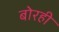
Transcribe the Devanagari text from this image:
बोरही